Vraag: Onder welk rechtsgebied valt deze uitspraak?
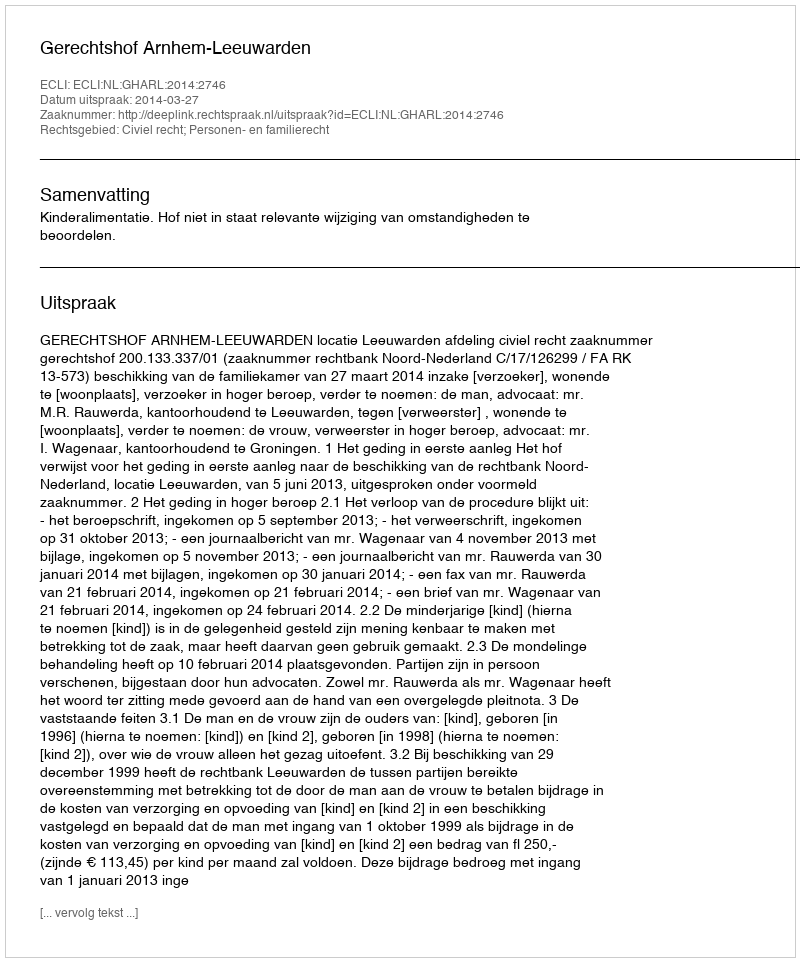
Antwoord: Civiel recht; Personen- en familierecht